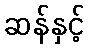
ဆန်နှင့်